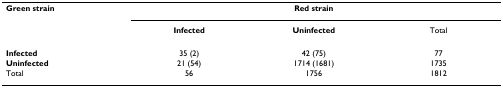
<table><thead><tr><td><b>Green strain</b></td><td colspan="3"><b>Red strain</b></td></tr><tr><td></td><td><b>Infected</b></td><td><b>Uninfected</b></td><td><b>Total</b></td></tr></thead><tbody><tr><td><b>Infected</b></td><td>35 (2)</td><td>42 (75)</td><td>77</td></tr><tr><td><b>Uninfected</b></td><td>21 (54)</td><td>1714 (1681)</td><td>1735</td></tr><tr><td>Total</td><td>56</td><td>1756</td><td>1812</td></tr></tbody></table>